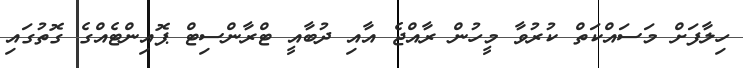
ހިލާފަށް މަސައްކަތް ކުރުވާ މީހުން ރާއްޖެ އާއި ދުބާއީ ޓްރާންސިޓް ޕޮއިންޓެއްގެ ގޮތުގައި